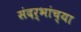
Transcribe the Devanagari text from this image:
संदर्भांच्या